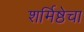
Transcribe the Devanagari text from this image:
शर्मिष्ठेचा